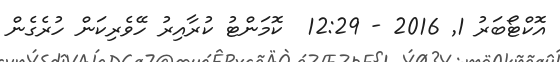
އޮކްޓޯބަރު 1